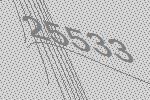
25533